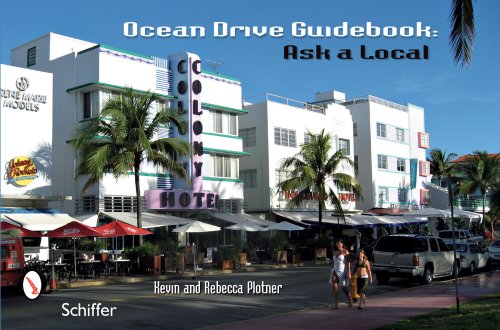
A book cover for Ocean Drive Guidebook: Ask a Local; Kevin Plotner; Travel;